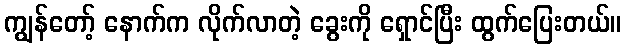
ကျွန်တော့် နောက်က လိုက်လာတဲ့ ခွေးကို ရှောင်ပြီး ထွက်ပြေးတယ်။